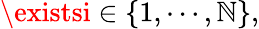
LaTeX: \existsi\in\{ 1,\cdots,\mathbb{N}\} ,